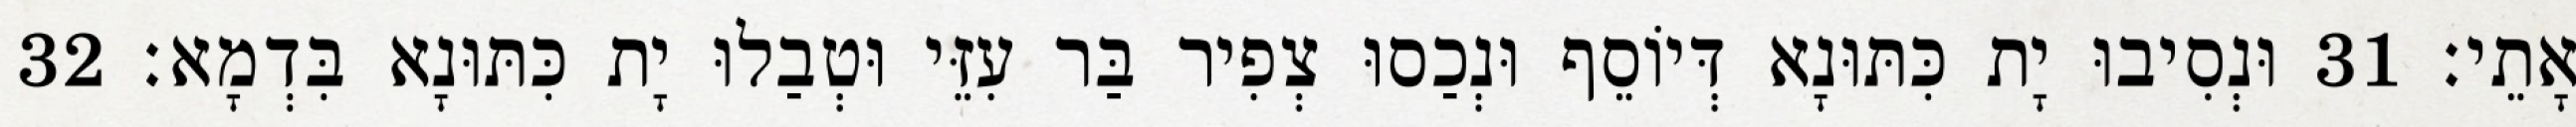
אָתֵי׃ 31 וּנְסִיבוּ יָת כִּתּוּנָא דְּיוֹסֵף וּנְכַסוּ צְפִיר בַּר עִזֵּי וּטְבַלוּ יָת כִּתּוּנָא בִּדְמָא׃ 32